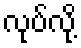
လုပ်လို့